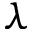
\lambda